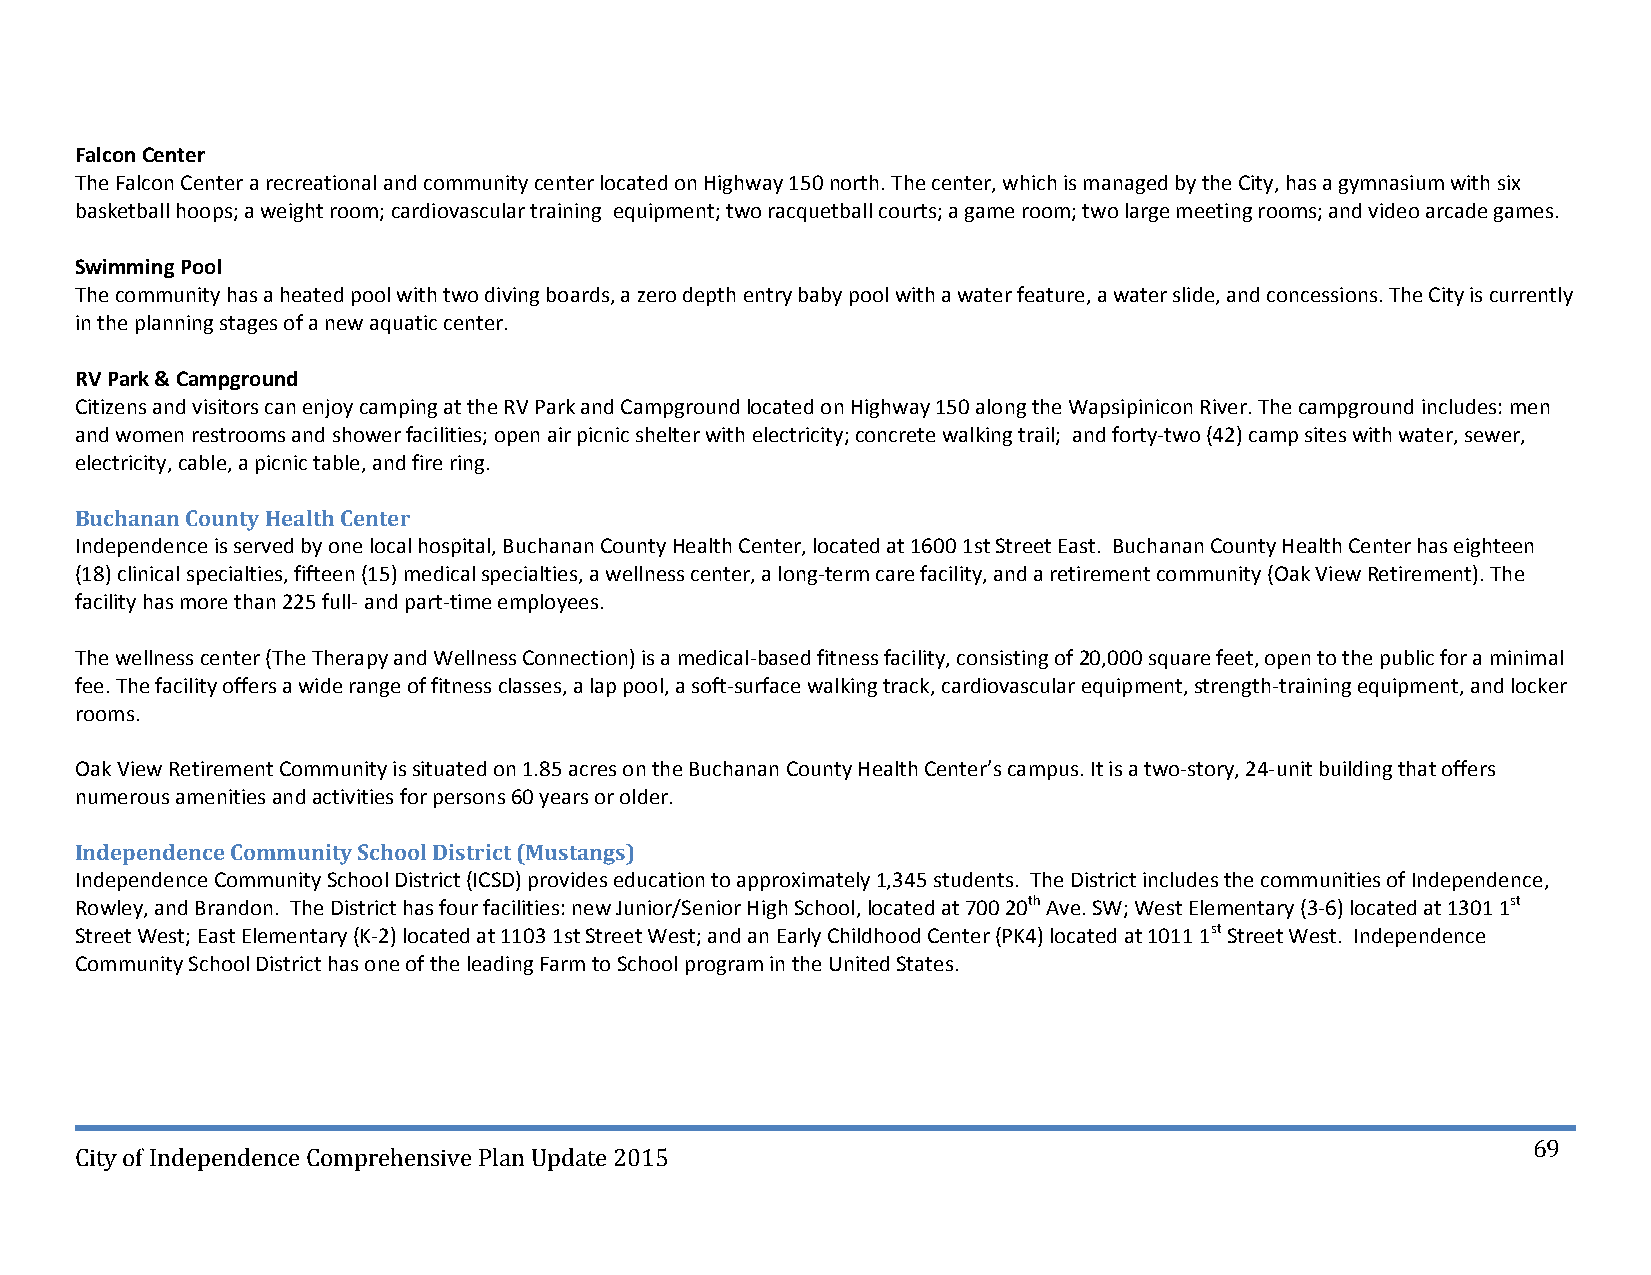
Falcon Center
 The Falcon Center a recreational and community center located on Highway 150 north. The center, which is managed by the City, has a gymnasium with six
 basketball hoops; a weight room; cardiovascular training equipment; two racquetball courts; a game room; two large meeting rooms; and video arcade games.
 Swimming Pool
 The community has a heated pool with two diving boards, a zero depth entry baby pool with a water feature, a water slide, and concessions. The City is currently
 in the planning stages of a new aquatic center.
 RV Park & Campground
 Citizens and visitors can enjoy camping at the RV Park and Campground located on Highway 150 along the Wapsipinicon River. The campground includes: men
 and women restrooms and shower facilities; open air picnic shelter with electricity; concrete walking trail; and forty‐two (42) camp sites with water, sewer,
 electricity, cable, a picnic table, and fire ring.
 Buchanan County Health Center
 Independence is served by one local hospital, Buchanan County Health Center, located at 1600 1st Street East. Buchanan County Health Center has eighteen
 (18) clinical specialties, fifteen (15) medical specialties, a wellness center, a long‐term care facility, and a retirement community (Oak View Retirement). The
 facility has more than 225 full‐ and part‐time employees.
 The wellness center (The Therapy and Wellness Connection) is a medical‐based fitness facility, consisting of 20,000 square feet, open to the public for a minimal
 fee. The facility offers a wide range of fitness classes, a lap pool, a soft‐surface walking track, cardiovascular equipment, strength‐training equipment, and locker
 rooms.
 Oak View Retirement Community is situated on 1.85 acres on the Buchanan County Health Center’s campus. It is a two‐story, 24‐unit building that offers
 numerous amenities and activities for persons 60 years or older.
 Independence Community School District (Mustangs)
 Independence Community School District (ICSD) provides education to approximately 1,345 students. The District includes the communities of Independence,
 Rowley, and Brandon. The District has four facilities: new Junior/Senior High School, located at 700 20th Ave. SW; West Elementary (3‐6) located at 1301 1st
 Street West; East Elementary (K‐2) located at 1103 1st Street West; and an Early Childhood Center (PK4) located at 1011 1st Street West. Independence
 Community School District has one of the leading Farm to School program in the United States.
 69
 City of Independence Comprehensive Plan Update 2015